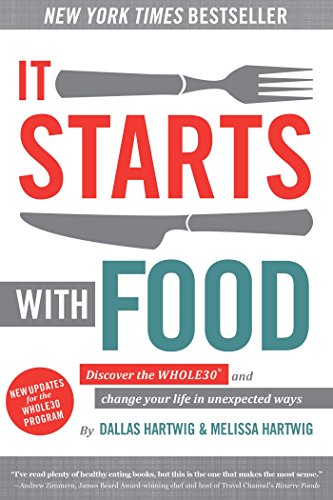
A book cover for It Starts With Food: Discover the Whole30 and Change Your Life in Unexpected Ways; Dallas Hartwig; Health, Fitness & Dieting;